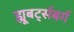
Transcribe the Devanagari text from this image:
ह्यूबर्ट्सबर्ग